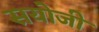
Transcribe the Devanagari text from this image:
सयोजी